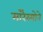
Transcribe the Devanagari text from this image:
मॉरेस्मोने